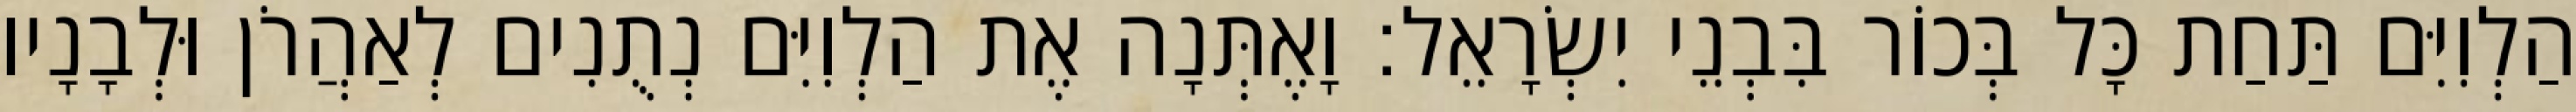
הַלְוִיִּם תַּחַת כָּל בְּכוֹר בִּבְנֵי יִשְׂרָאֵל׃ וָאֶתְּנָה אֶת הַלְוִיִּם נְתֻנִים לְאַהֲרֹן וּלְבָנָיו